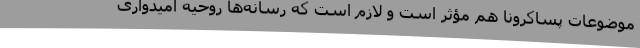
موضوعات پساکرونا هم مؤثر است و لازم است که رسانه‌ها روحیه امیدواری